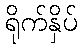
ရိုက်နှိပ်